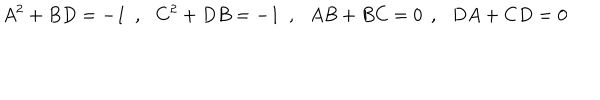
A ^ { 2 } + B D = - { \bf { 1 } } \: \: , \: \: \: C ^ { 2 } + D B = - { \bf { 1 } } \: \: , \: \: \: A B + B C = 0 \: \: , \: \: \: D A + C D = 0